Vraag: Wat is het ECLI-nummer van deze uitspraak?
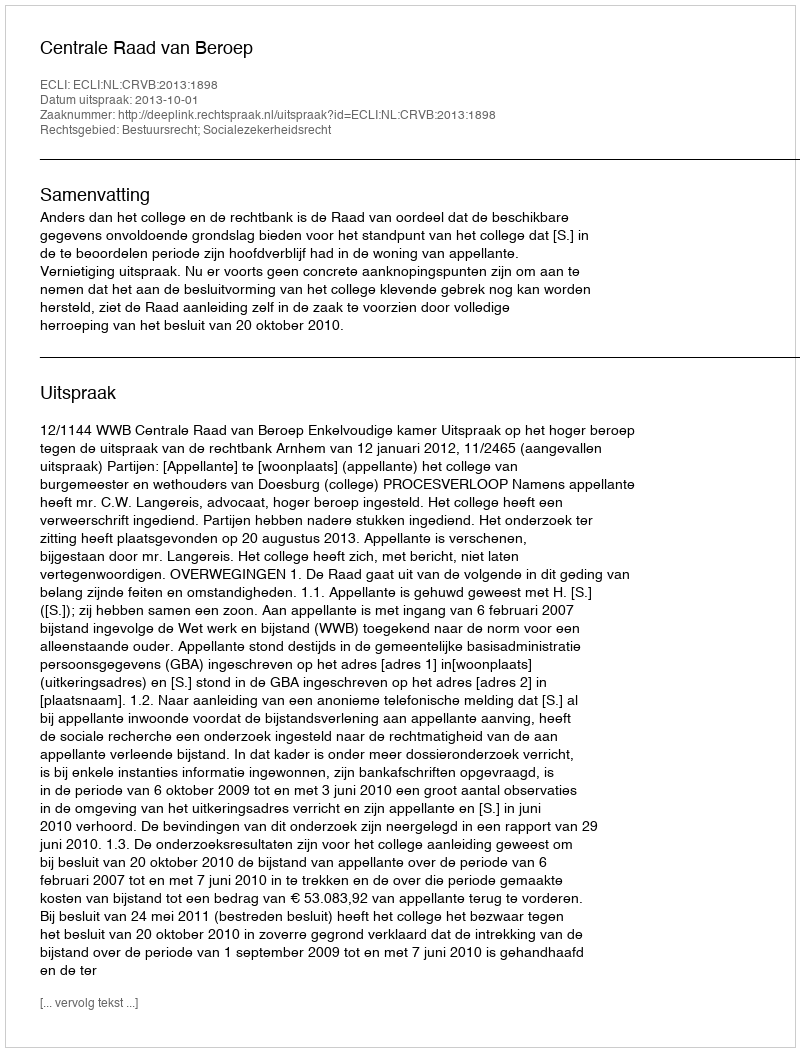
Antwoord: ECLI:NL:CRVB:2013:1898